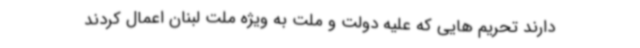
دارند تحریم هایی که علیه دولت و ملت به ویژه ملت لبنان اعمال کردند